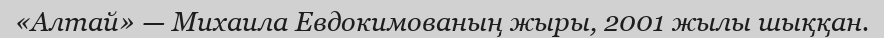
«Алтай» — Михаила Евдокимованың жыры, 2001 жылы шыққан.